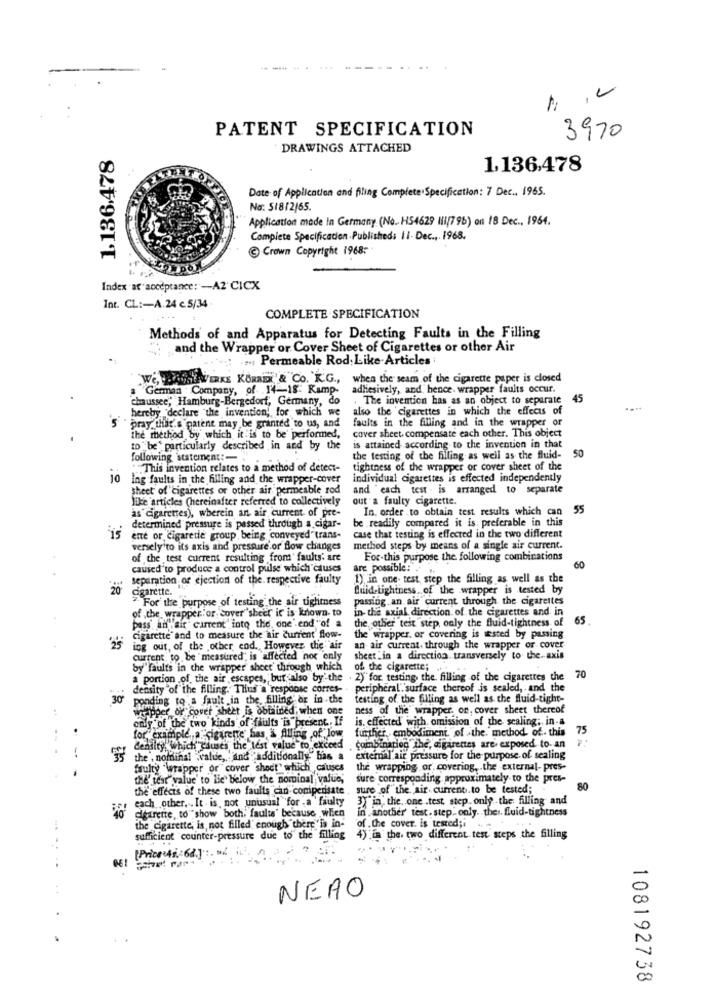
PATENT SPECIFICATION
3970
1,136.478
DRAWINGS ATTACHED
1,136,478
Date of Application and filing Complete Specification: 7 Dec ., 1965.
No: 51812/65.
Application made In Germany (No. HS4629 Ii/795) on 18 Dec ., 1964.
Complete Specification Published: 11- Dec ., 1968.
@ Crown Copyright 1968:
Index ar acceptance: - A2 CICX
Int. CL :- A.24 c. 5/34
COMPLETE SPECIFICATION
Methods of and Apparatus for Detecting Faults in the Filling
and the Wrapper or Cover Sheet of Cigarettes or other Air
...; Permeable Rod Like-Articles
Ne, BRUNEWERKE KORNER & Co. KG ., when the seam of the cigarette paper is closed
"German Company, of 14-18 Ramp-
adhesively, and hence. wrapper faults occur.
chaussee, Hamburg-Bergedorf, Germany, do
The invention has as an object to separate
45
hereby declare "the invention, for which we
also the cigarettes in which the effects of
faults in the filling and in the wrapper or
pray that's patent may be granted to us, and
cover sheet compensate each other. This object
the method by which it is to be performed,
to be' particularly described in and by the
is attained according to the invention in that
50
following statement :-
the testing of the filling as well as the fluid-
*This invention relates to a method of detect-
tightness of the wrapper or cover sheet of the
10
Ing faults in the hilling and the wrapper-cover
Individual cigarettes is effected independently
sheet of cigarettes or other air permeable rod
and each test . is arranged to separate
Sie articles (hereinafter referred to collectively
out a faulty cigarette.
as cigarettes), wherein an air current of pre-
In. order to obtain test results which can
55
be readily compared it is. preferable in this
determined pressure is passed through a cigar-
ente or cigaretie group, being conveyed"trans-
case that testing is effected in the two different
versely'to its axis and pressure.or flow changes
method steps by means of a single air current.
of the test current resulting from' faults' are
For-this purpose the following combinations
caused to produce a control pulse which causes
are possible: .
separation of ejection of the. respective faulty
1) in one- test step the filling as well as the
cigarette.
Quid-Lightness .. of the wrapper is tested by
" For the purpose of testing the air tiglimess
passing an air current through the cigarettes
of the wrapper or cover sheet it is known. to
pass in air current into the one' end of a
in- the axial direction of the cigarettes and in
the other teit step only the fluid-tightness of
65.
cigarette and to measure the air current flow-
the wrapper. or covering is tested by passing
ing out, of the other end. However, the air
an air current. through the wrapper or cover
current to be measured is affected not only
sheet "in a direction transversely to the.axis
by"faults in the wrapper sheet through which
of the cigarette; ...
a portion of the air escapes, but also by'the . 2)" for testing, the filling of the cigarettes the
70
density of the filling. Thus a response corres-
peripheral"surface thereof is sealed, and the
30
ponding to a fault in the filling or in the
testing of the filling as well as the fluid-tight-
wrapper of cover sheet is obtained, when one
ness of the wrapper. on, cover sheet thereof
only of the two kinds of faults is present. If
is. effected with omission of the scaling; in-a
further, embodiment, of the. method of. this
75
for example,a cigarette has a Alling of low
density, which causes the test value to exceed
I'mbinariog the, cigarettes are exposed to- an
the , nominal value ,. find "additionally" has a
external air pressure for the purpose of sealing
faulty "wrapper or cover sheet" which causes
the wrapping or covering, . the external- pres-
the' tear" value' to lie below the nominal value, sure corresponding approximately to the pret-
the effects of these two faults can compensate
sure of the air. current.to be tested;
80
each other, . It is, not unusual for .a faulty
3, the .. one .test step. only .the filling and
dearette, to"show both; faults' because when
In another test. step. only. the :. fluid-tightness
...
the cigarette, is not filled' enough there"is in-
of the cover. is tested ;.
sufficient counter-pressure due to the filling
4) in the. two different test steps the filling
..
[Price 45 62] :. w/
...
NEAO
.
108192738